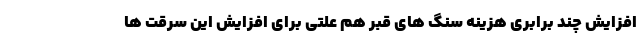
افزایش چند برابری هزینه سنگ های قبر هم علتی برای افزایش این سرقت ها